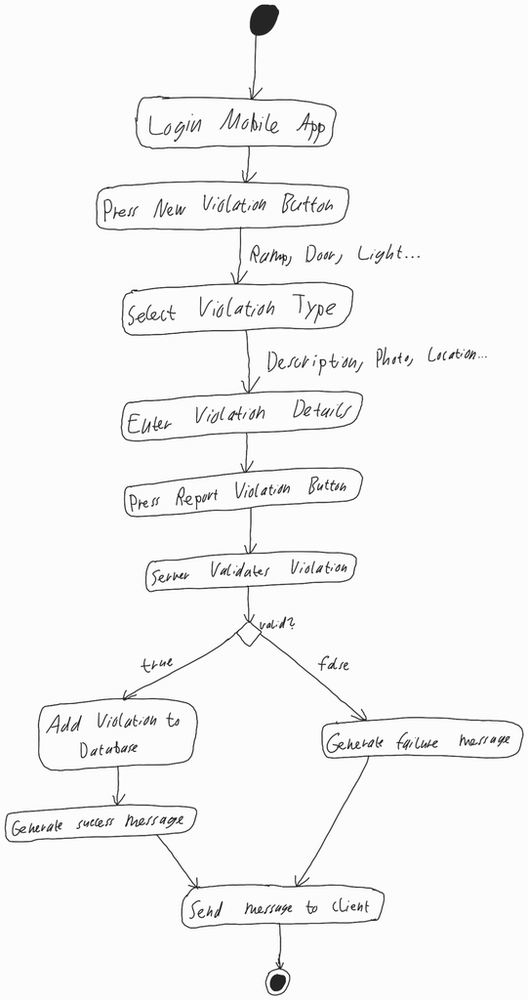
Diagram type: activity_diagram
```plantuml
@startuml

start

:Login Mobile App;

:Press New Violation Button;

-> Ramp, Door, Light...;

:Select Violation Type;

-> Description, Photo, Location...;

:Enter Violation Details;

:Press Report Violation Button;

:Server Validates Violation;

if (valid?) then (true)
  :Add Violation to Database;
  :Generate success message;
else (false)
  :Generate failure message;
endif

:Send message to client;

stop

@enduml
```